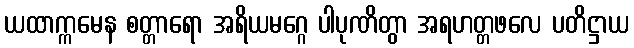
ယထာက္ကမေန စတ္တာရော အရိယမဂ္ဂေ ပါပုဏိတွာ အရဟတ္တဖလေ ပတိဋ္ဌာယ